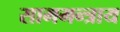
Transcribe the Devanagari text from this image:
साममन्त्राय